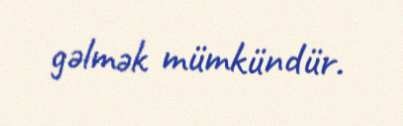
gəlmək mümkündür.